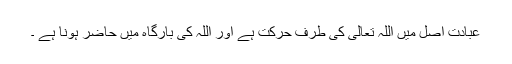
عبادت اصل میں اللہ تعالی کی طرف حرکت ہے اور اللہ کی بارگاہ میں حاضر ہونا ہے ۔